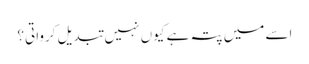
اسے میں پتہ ہے کیوں نہیں تبدیل کرواتی؟